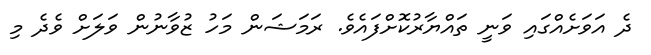
ދެ އަވަށެއްގައި ވަނީ ތައްޔާރުކޮށްފައެވެ. ރަމަޝަން މަހު ޒުވާނުން ވަލަށް ވެދެ މި